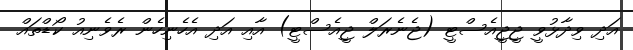
އަދި ވިދާޅުވީ ޖީޖީއެސްޓީ (ޖެނެރަލް ޖީއެސްޓީ) އާއި އަދި އެހެނިހެން ރެވެނިއު ކޯޑްތައް